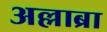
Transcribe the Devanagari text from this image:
अल्लाब्रा